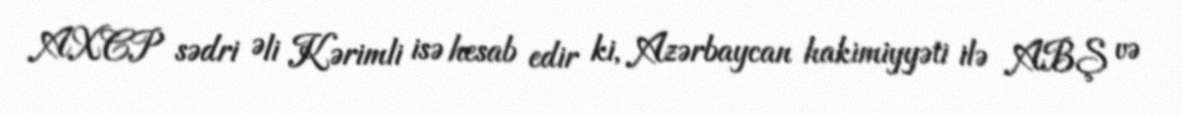
AXCP sədri Əli Kərimli isə hesab edir ki, Azərbaycan hakimiyyəti ilə ABŞ və